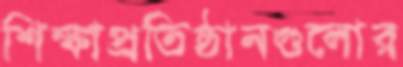
শিক্ষাপ্রতিষ্ঠানগুলোর